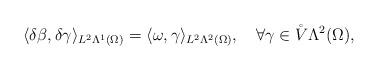
LaTeX: \begin{align*} \langle\delta\beta,\delta\gamma\rangle_{L^{2}\Lambda^{1}(\Omega)}=\langle\omega,\gamma\rangle_{L^{2}\Lambda^{2}(\Omega)},\quad\forall\gamma\in\mathring{V}\Lambda^{2}(\Omega), \end{align*}